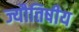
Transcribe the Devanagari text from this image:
ज्यौतिषीय